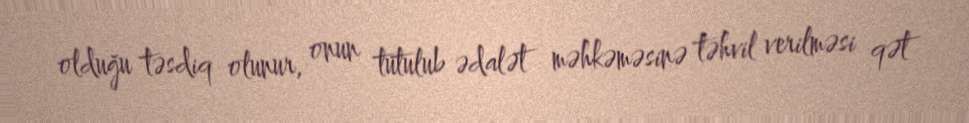
olduğu təsdiq olunur, onun tutulub ədalət məhkəməsinə təhvil verilməsi qət